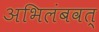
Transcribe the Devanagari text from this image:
अभिलंबवत्